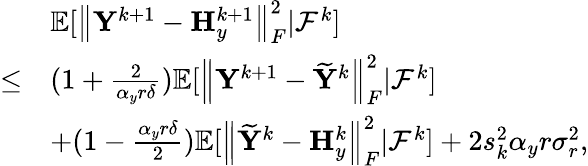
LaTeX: \begin{array}{rl}&{{\mathbb{E}}[\left\| {\mathbf{Y}}^{k+1}-{\mathbf{H}}_{y}^{k+1}\right\| _{F}^{2}\vert{\mathcal{F}}^{k}]}\\ {\leq}&{(1+\frac{2}{\alpha_{y}r\delta}){\mathbb{E}}[\left\| {\mathbf{Y}}^{k+1}-\widetilde{{\mathbf{Y}}}^{k}\right\| _{F}^{2}\vert{\mathcal{F}}^{k}]}\\ &{+(1-\frac{\alpha_{y}r\delta}{2}){\mathbb{E}}[\left\| \widetilde{{\mathbf{Y}}}^{k}-{\mathbf{H}}_{y}^{k}\right\| _{F}^{2}\vert{\mathcal{F}}^{k}]+2s_{k}^{2}\alpha_{y}r\sigma_{r}^{2},}\end{array}